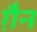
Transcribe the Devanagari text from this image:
ग़ैन